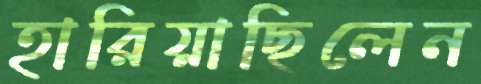
হারিয়াছিলেন